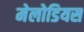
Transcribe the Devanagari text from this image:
मेलोडियस